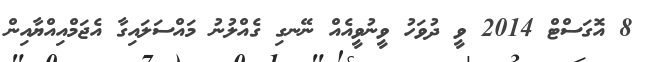
8 އޮގަސްޓް 2014 ވީ ދުވަހު ވީނުވީއެއް ނޭނގި ގެއްލުނު މައްސަލައިގާ އެޖަމްއިއްޔާއިން